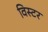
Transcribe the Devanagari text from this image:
विस्टर